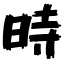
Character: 時